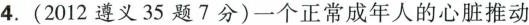
4.(2012遵义35题7分)一个正常成年人的心脏推动